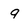
Character: 9